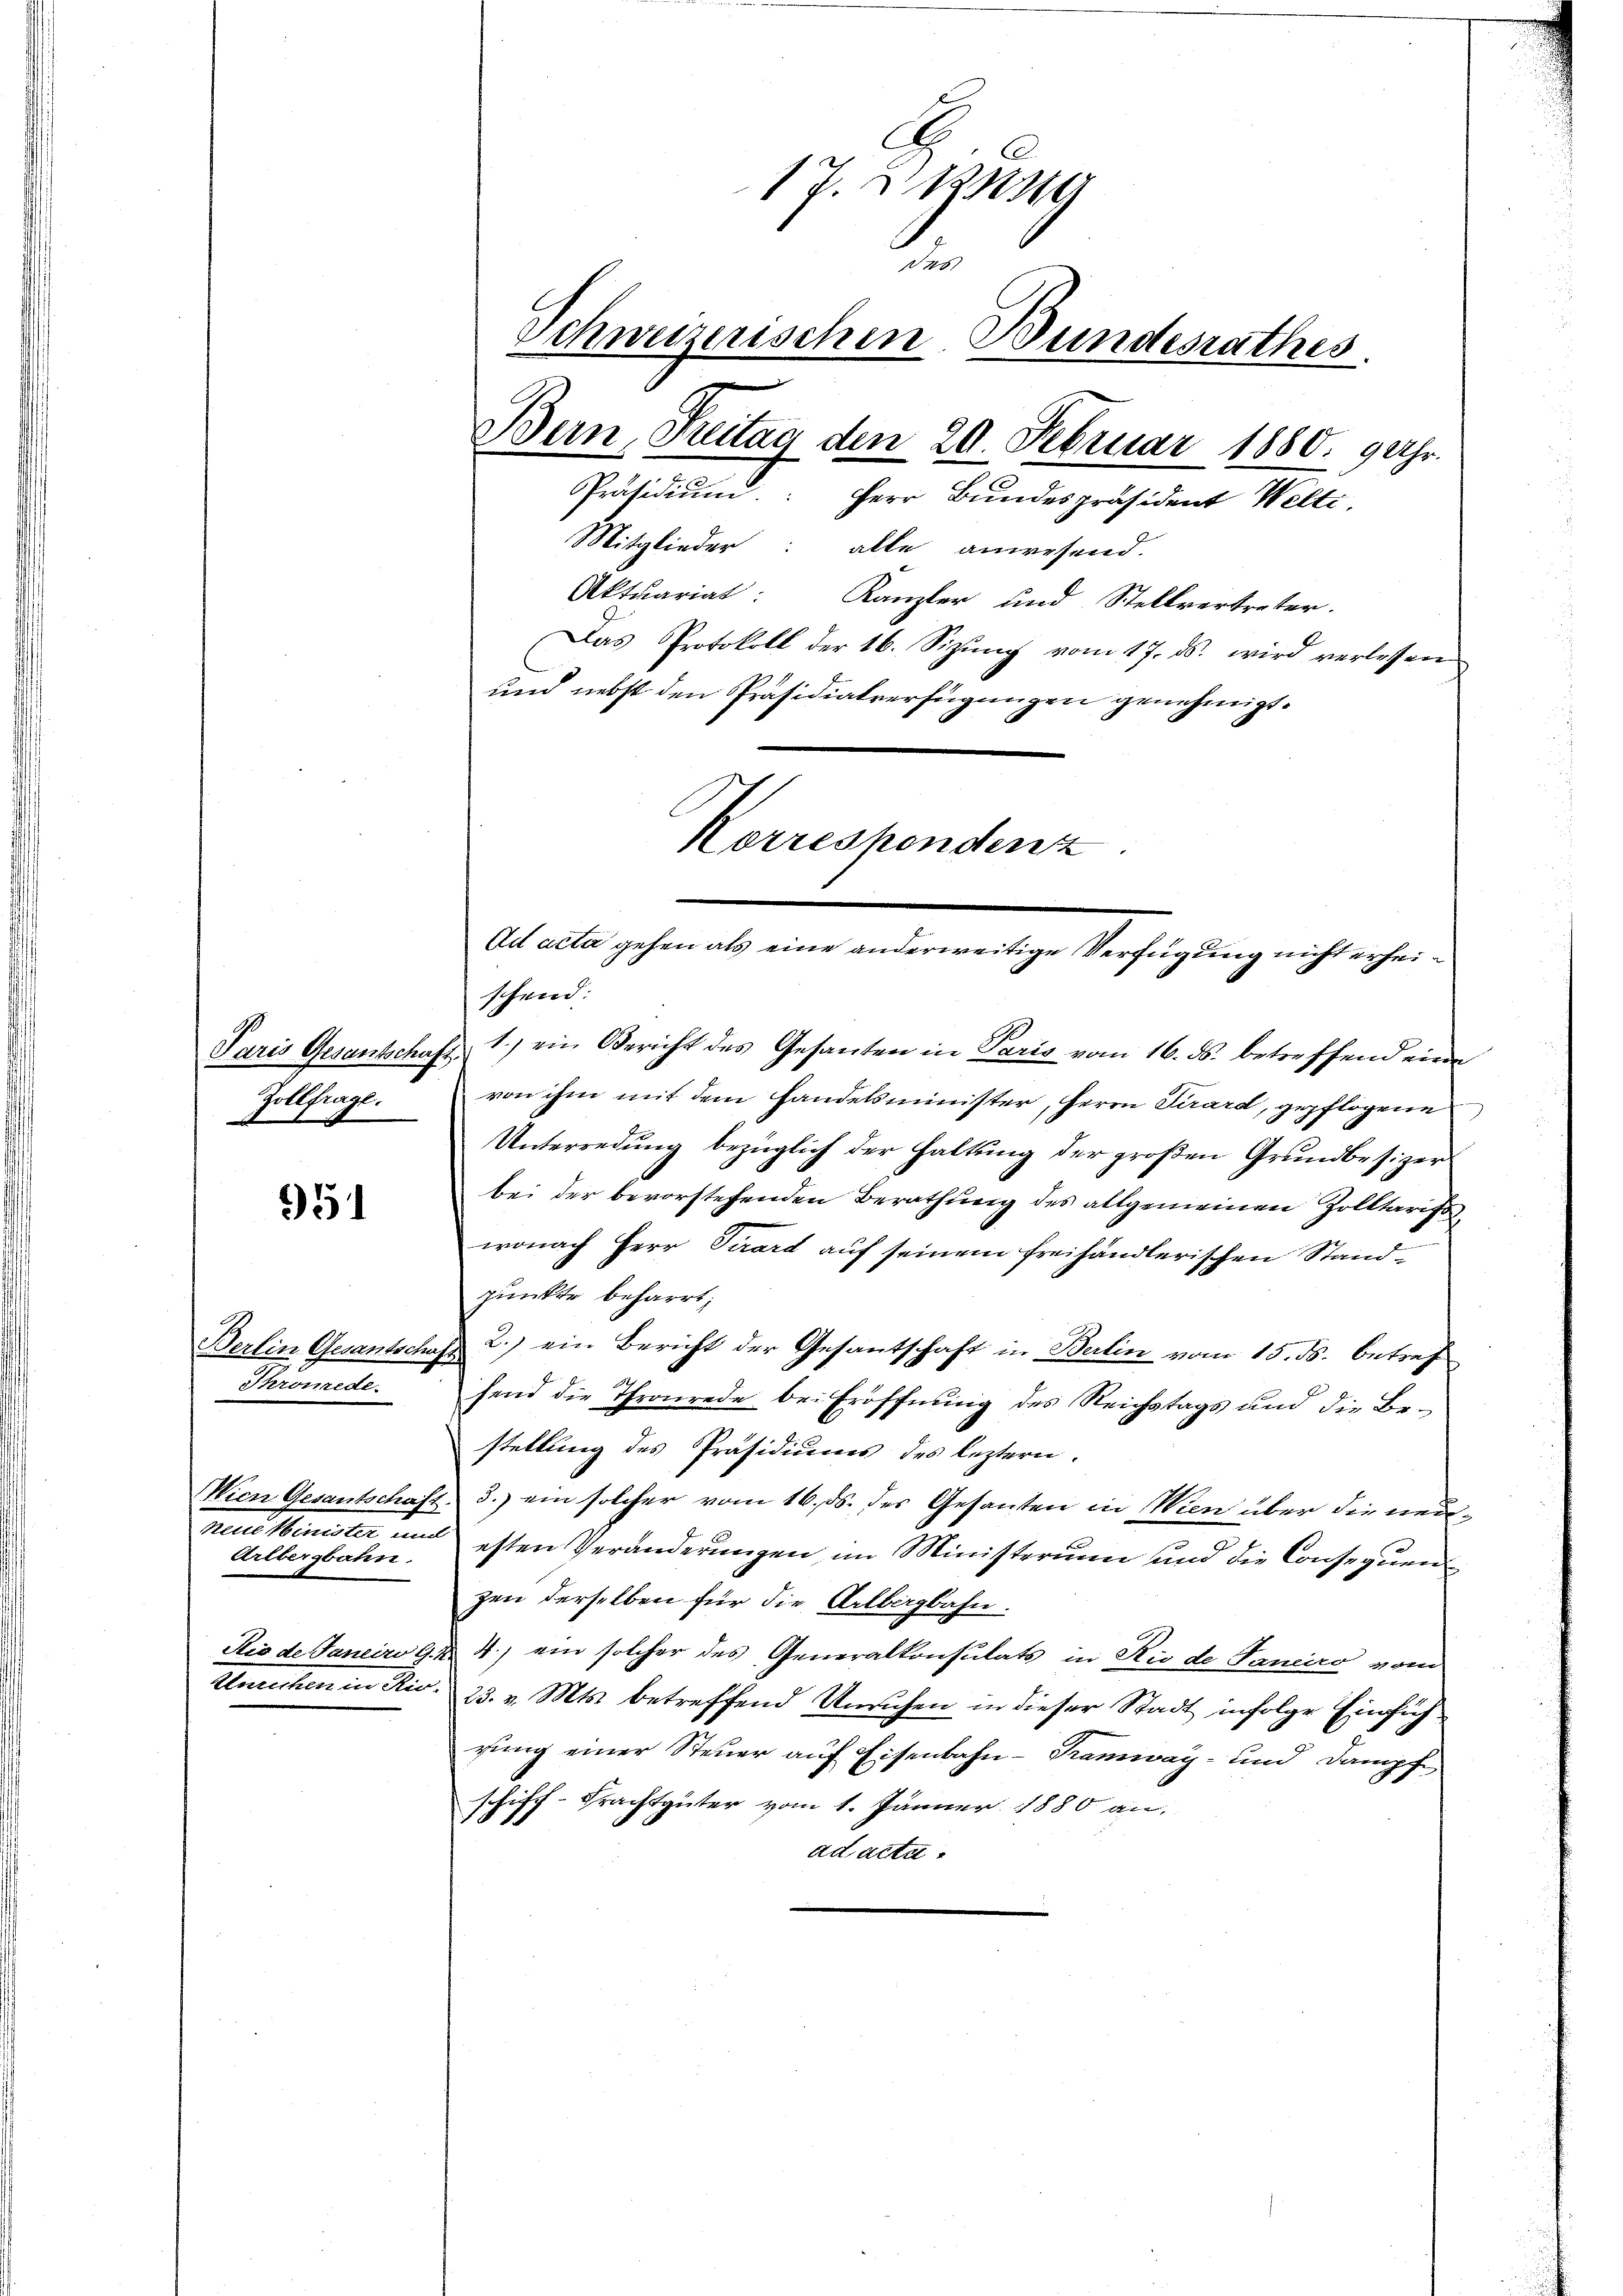
Paris Gesantschaft.
Zollfrage.

51

Berlin Gesantschaf
Thromede.

Wien Gesantschaf
haus Minister
Arlbergbahn.
Rio de Janeiro t
Unrechten in die

17. Masse
d
Schweizerischen Bundesrathes.
Bern, Freitag den 20. Februar 1880. 9 Uhr.
Präsidium. Herr Bundespräsident Welti.
Mitglieder: alle anwesend.
Aktuariat: Kanzler und Stellvertreter.
Das Protokoll der 16. Sizŭng vom 17. ds. wird verlassen
und nebst den Präsidialverfügungen genehmigt.

schend:
1.) ein Bericht des Gesanten in Paris vom 16. ds. betreffend eine
von ihm mit dem Handelsminister, Herrn Girard, gepflogene
Unterredung bezüglich der haltŭng der groβen Grundbesizer
bei der bevorstehenden Berathung des allgemeinen Zolltaristwonach Herr Serart auf seinem freihändlerischen Stand-
punkte beharrt,
2.) ein Bericht der Gesantschaft in Berlin vom 15. ds. betref
A
hend die Thronrede bei Eröffnung des Reichstags und die Bestellung des Präsidiums des leztern.
 3.) ein solcher vom 16. ds. des Gesanten in Wien über die neuesten Veränderungen im Ministerium und die Consequenzen derselben für die Arlbergbahn.
 4.) ein solcher des Generalkonsulats in Rio de Janeiro vom
23. v. Mts. betreffend Unruhen in dieser Stadt infolge Einführung einer Steuer auf Eisenbahn-Tramway- und Dampf
schiff-Frachtgüter vom 1. Jänner 1880 an,
ad actu

Korreshendenz

Ad acta gehen als eine anderweitige Verfügung nicht erhei¬